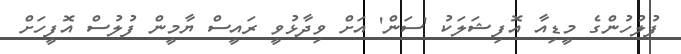
ފުލުހުންގެ މީޑިއާ އޮފިޝަލަކު 'ސަން' އަށް ވިދާޅުވީ ރައީސް ޔާމީން ފުލުސް އޮފީހަށް